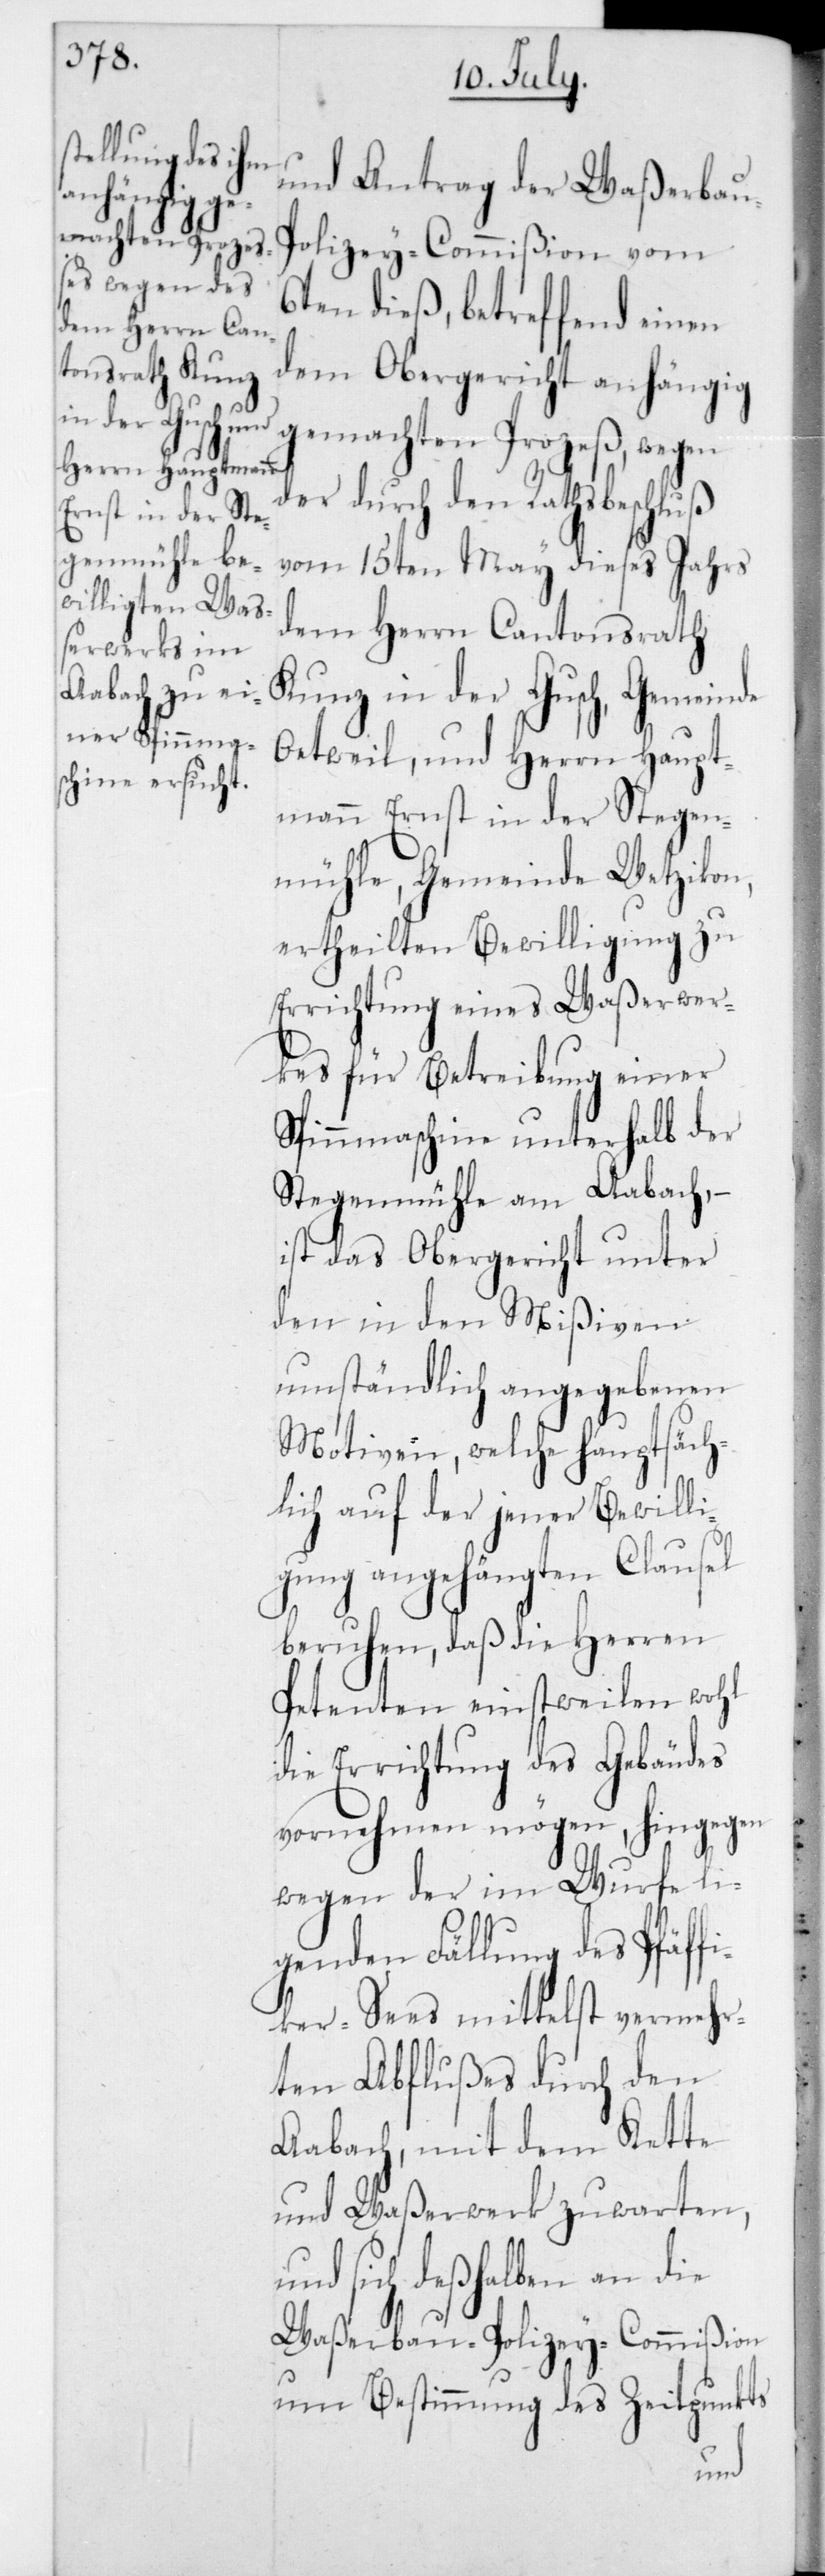
und Antrag der Waßerbau-P¬
olizey-Commißion vom
dieß, betreffend einen
dem Obergericht anhängig
gemachten Prozeß , wegen
durch den Rathsbeschluß
vom 15ten May dieses Jahrs
dem Herrn Cantonsrath
Kunz in der Gusch, Gemeinde
Oetweil, und Herrn Haupt¬
mann Ernst in der Stegen¬
mühle, Gemeinde Wetzikon,
ertheilten Bewilligung zu
Errichtung eines Waßerwer¬
kes für Betreibung einer
Spinnmaschine unterhalb der
Stegenmühle am Aabach, –
ist das Obergericht unter
den in den Mißiven
umständlich angegebenen
Motiven, welche hauptsäch¬
lich auf der jener Bewilli¬
gung angehängten Clausel
beruhen, daß die Herren
Petenten einstweilen wohl
die Errichtung des Gebäudes
vornehmen mögen, hingegen
wegen der im Wurfe lie¬
genden Fällung des Pfäff¬
iker-Sees mittelst vermehr¬
ten Abflußes durch den
Aabach, mit dem Kette
und Waßerwerk zuwarten,
und sich deßhalben an die
Waßerbau-Polizey-Commißion
um Bestimmung des Zeitpunkts